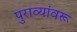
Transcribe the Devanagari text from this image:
पुराव्यांवरू